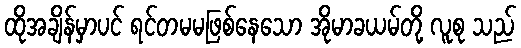
ထိုအချိန်မှာပင် ရင်တမမဖြစ်နေသော အိုမာခယမ်တို့ လူစု သည်